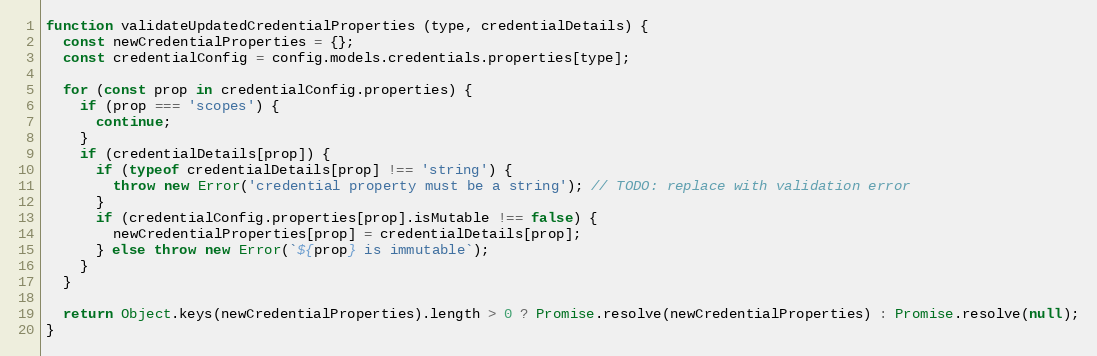
Language: JavaScript
function validateUpdatedCredentialProperties (type, credentialDetails) {
  const newCredentialProperties = {};
  const credentialConfig = config.models.credentials.properties[type];

  for (const prop in credentialConfig.properties) {
    if (prop === 'scopes') {
      continue;
    }
    if (credentialDetails[prop]) {
      if (typeof credentialDetails[prop] !== 'string') {
        throw new Error('credential property must be a string'); // TODO: replace with validation error
      }
      if (credentialConfig.properties[prop].isMutable !== false) {
        newCredentialProperties[prop] = credentialDetails[prop];
      } else throw new Error(`${prop} is immutable`);
    }
  }

  return Object.keys(newCredentialProperties).length > 0 ? Promise.resolve(newCredentialProperties) : Promise.resolve(null);
}